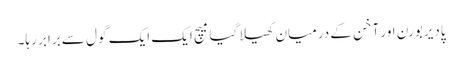
پادیربورن اور آخن کے درمیان کھیلا گیا میچ ایک ایک گول سے برابر رہا۔